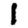
Digit: 1